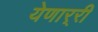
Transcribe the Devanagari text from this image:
येणार्‍री